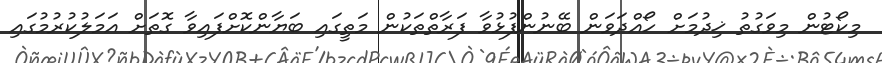
މިކޯޓުން މިވަގުތު ޚިދުމަށް ހޯއްދަވަން ބޭނުންފުޅުވާ ފަރާތްތަކުން މަތީގައި ބަޔާންކޮށްފައިވާ ގޮތަށް އަމަލުކުރުމުގައި